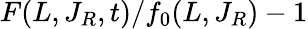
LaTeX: F(L,J_{R},t)/f_{0}(L,J_{R})-1